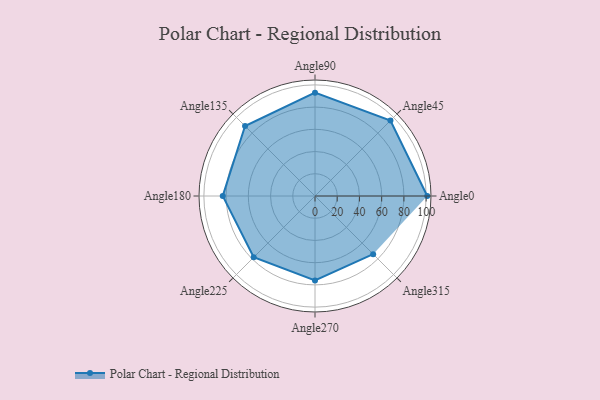
{"axis": {"x": "Angle", "y": "Radius"}, "legend": [""], "data": [{"x": "Angle0", "y": 101.0, "type": ""}, {"x": "Angle45", "y": 96.0, "type": ""}, {"x": "Angle90", "y": 93.0, "type": ""}, {"x": "Angle135", "y": 89.0, "type": ""}, {"x": "Angle180", "y": 83.0, "type": ""}, {"x": "Angle225", "y": 78.0, "type": ""}, {"x": "Angle270", "y": 76.0, "type": ""}, {"x": "Angle315", "y": 74.0, "type": ""}]}